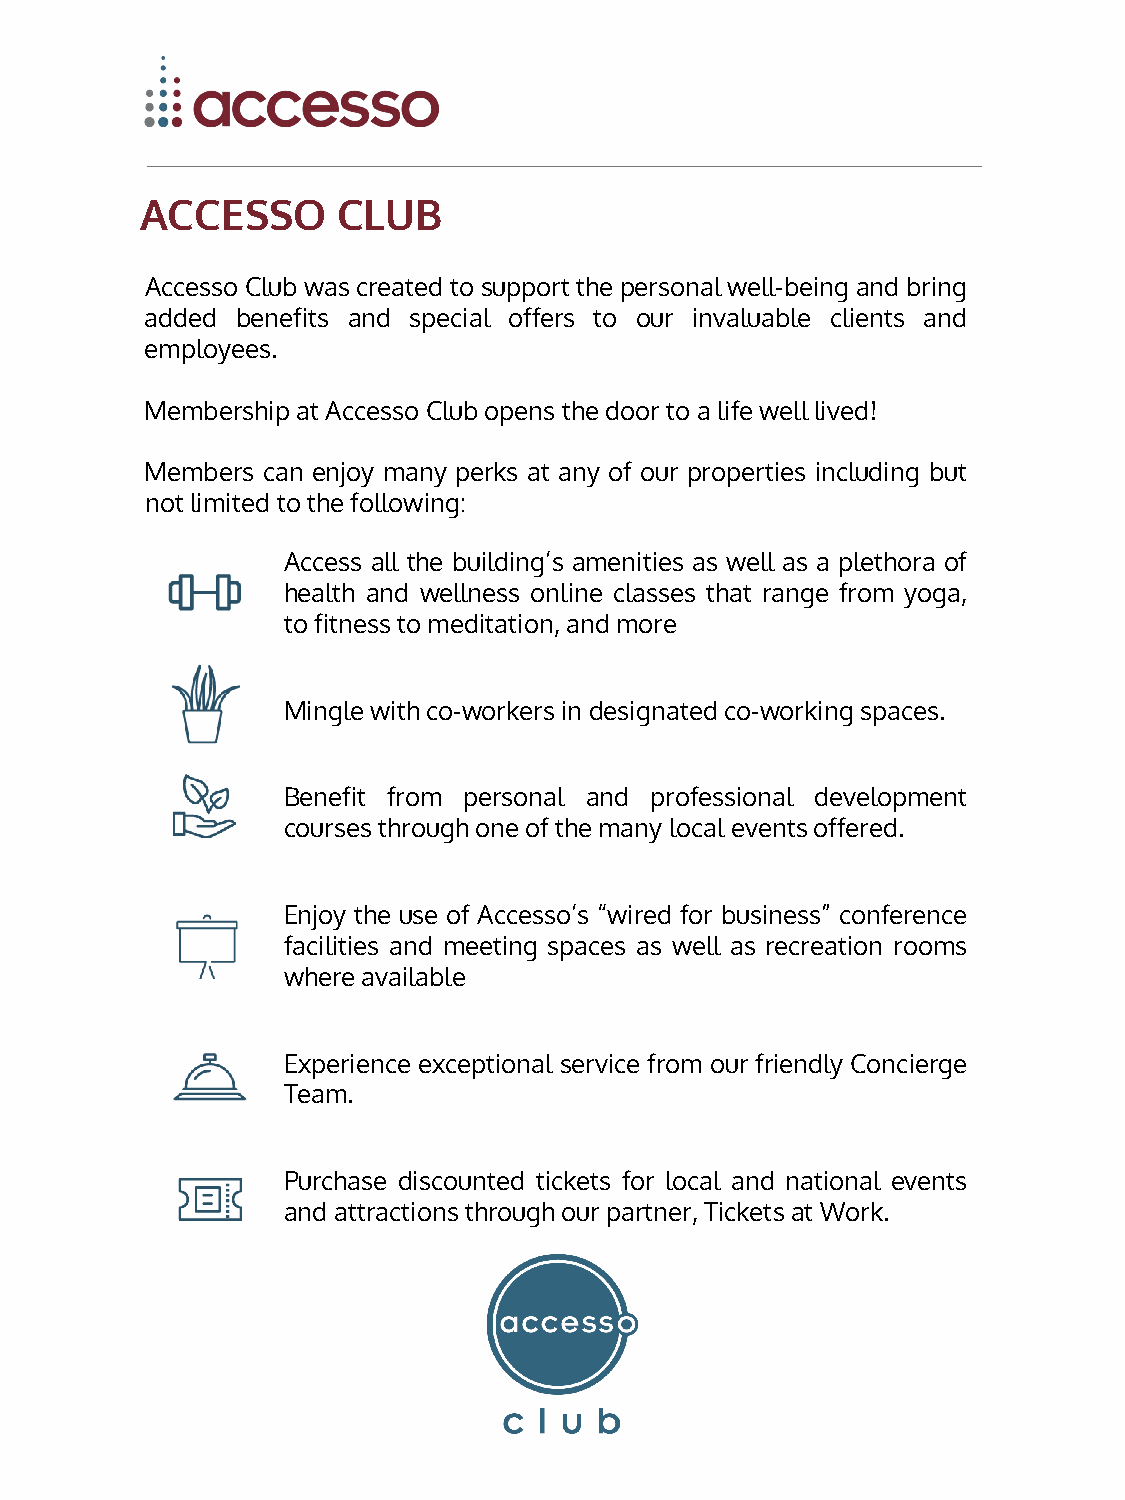
ACCESSO      CLUB
 Accesso Club was created to support the personal well-being and bring
 added benefits and special offers to our invaluable clients and
 employees.
 Membership at Accesso Clubopens the door toa lifewelllived!
 Members can enjoy many perks at any of our properties including but
 not limitedto the following:
 Access all the building’s amenities as well as a plethora of
 health and wellness online classes that range from yoga,
 to fitnessto meditation,and more
 Minglewith co-workersin designatedco-workingspaces.
 Benefit from personal and professional development
 courses through one of the many local eventsoffered.
 Enjoy the use of Accesso’s “wired for business” conference
 facilities and meeting spaces as well as recreation rooms
 whereavailable
 Experience exceptional service from our friendly Concierge
 Team.
 Purchase discounted tickets for local and national events
 and attractionsthrough our partner,Ticketsat Work.